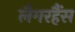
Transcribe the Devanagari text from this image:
लैगरहैंस